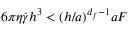
6 \pi \eta \dot { \gamma } h ^ { 3 } < ( h / a ) ^ { d _ { f } - 1 } a F